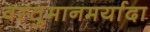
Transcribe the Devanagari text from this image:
वस्तुमानमर्यादा